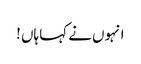
انہوں نے کہا ہاں !